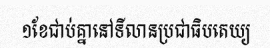
១ខែជាប់គ្នានៅទីលានប្រជាធិបតេយ្យ